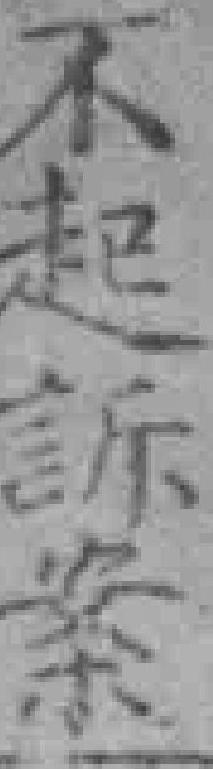
不起訴案